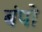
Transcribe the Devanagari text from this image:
बंपो